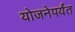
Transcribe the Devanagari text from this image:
योजनेपर्यंत